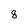
Character: 8